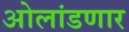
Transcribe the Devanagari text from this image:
ओलांडणार